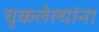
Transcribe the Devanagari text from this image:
चुकलेल्यांना